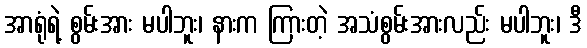
အာရုံရဲ့ စွမ်းအား မပါဘူး၊ နားက ကြားတဲ့ အသံစွမ်းအားလည်း မပါဘူး၊ ဒီ